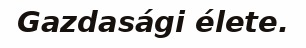
Gazdasági élete.